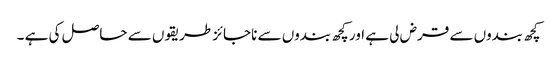
کچھ بندوں سے قرض لی ہے اور کچھ بندوں سے ناجائز طریقوں سے حاصل کی ہے ۔